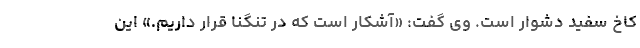
کاخ سفید دشوار است. وی گفت: «آشکار است که در تنگنا قرار داریم.» این